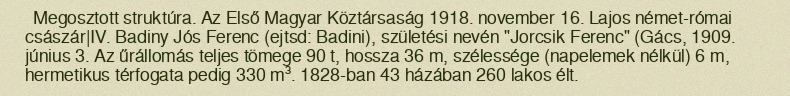
Megosztott struktúra. Az Első Magyar Köztársaság 1918. november 16. Lajos német-római császár|IV. Badiny Jós Ferenc (ejtsd: Badini), születési nevén "Jorcsik Ferenc" (Gács, 1909. június 3. Az űrállomás teljes tömege 90 t, hossza 36 m, szélessége (napelemek nélkül) 6 m, hermetikus térfogata pedig 330 m³. 1828-ban 43 házában 260 lakos élt.